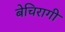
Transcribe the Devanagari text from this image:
बेचिरागी